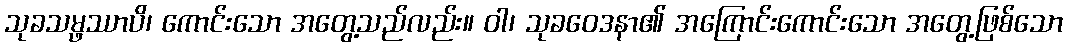
သုခသမ္ဖဿာပိ၊ ကောင်းသော အတွေ့သည်လည်း။ ဝါ၊ သုခဝေဒနာ၏ အကြောင်းကောင်းသော အတွေ့ဖြစ်သော